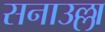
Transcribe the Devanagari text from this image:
सनाउल्ला